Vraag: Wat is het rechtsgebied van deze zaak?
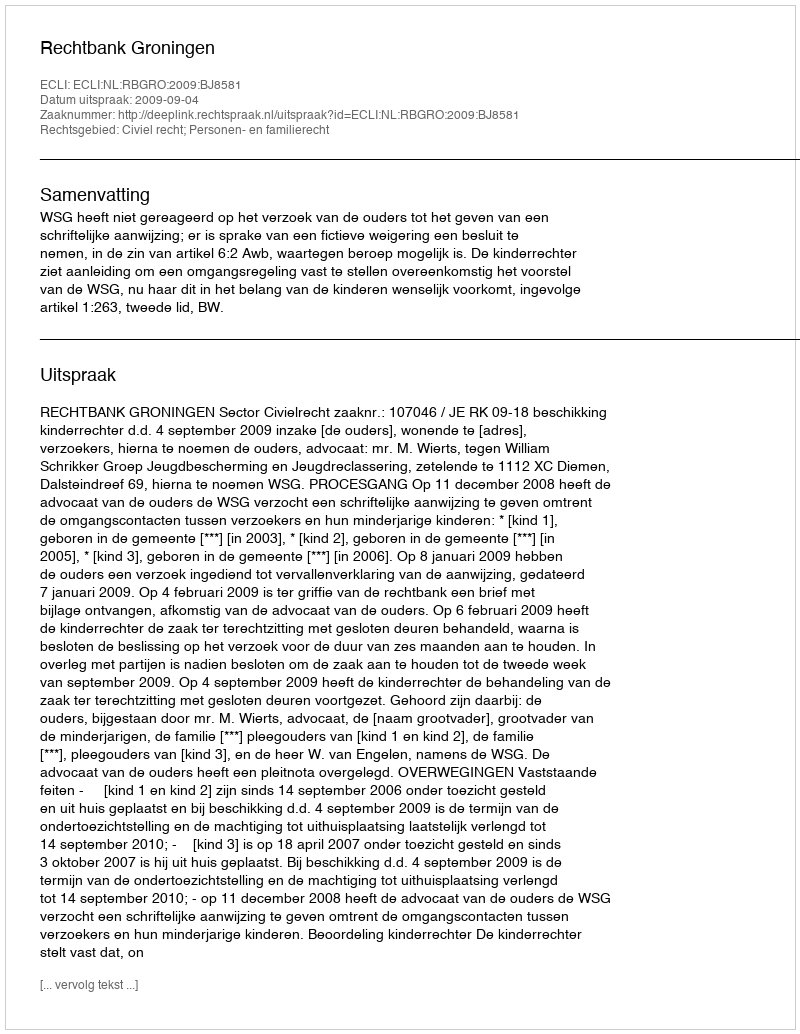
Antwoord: Civiel recht; Personen- en familierecht